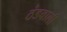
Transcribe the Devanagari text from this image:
ठंडवाली